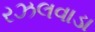
રઝલવાડા